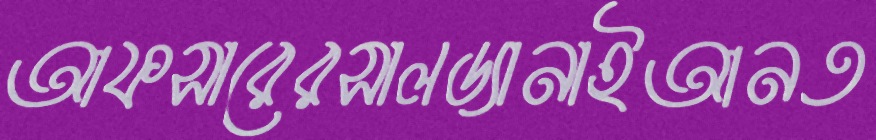
আফসারেরসালড্যানাইআনত